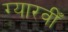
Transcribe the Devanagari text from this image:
ग्यारवीँ